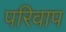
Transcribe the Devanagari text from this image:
परिवाप